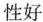
性好